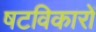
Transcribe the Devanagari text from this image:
षटविकारों